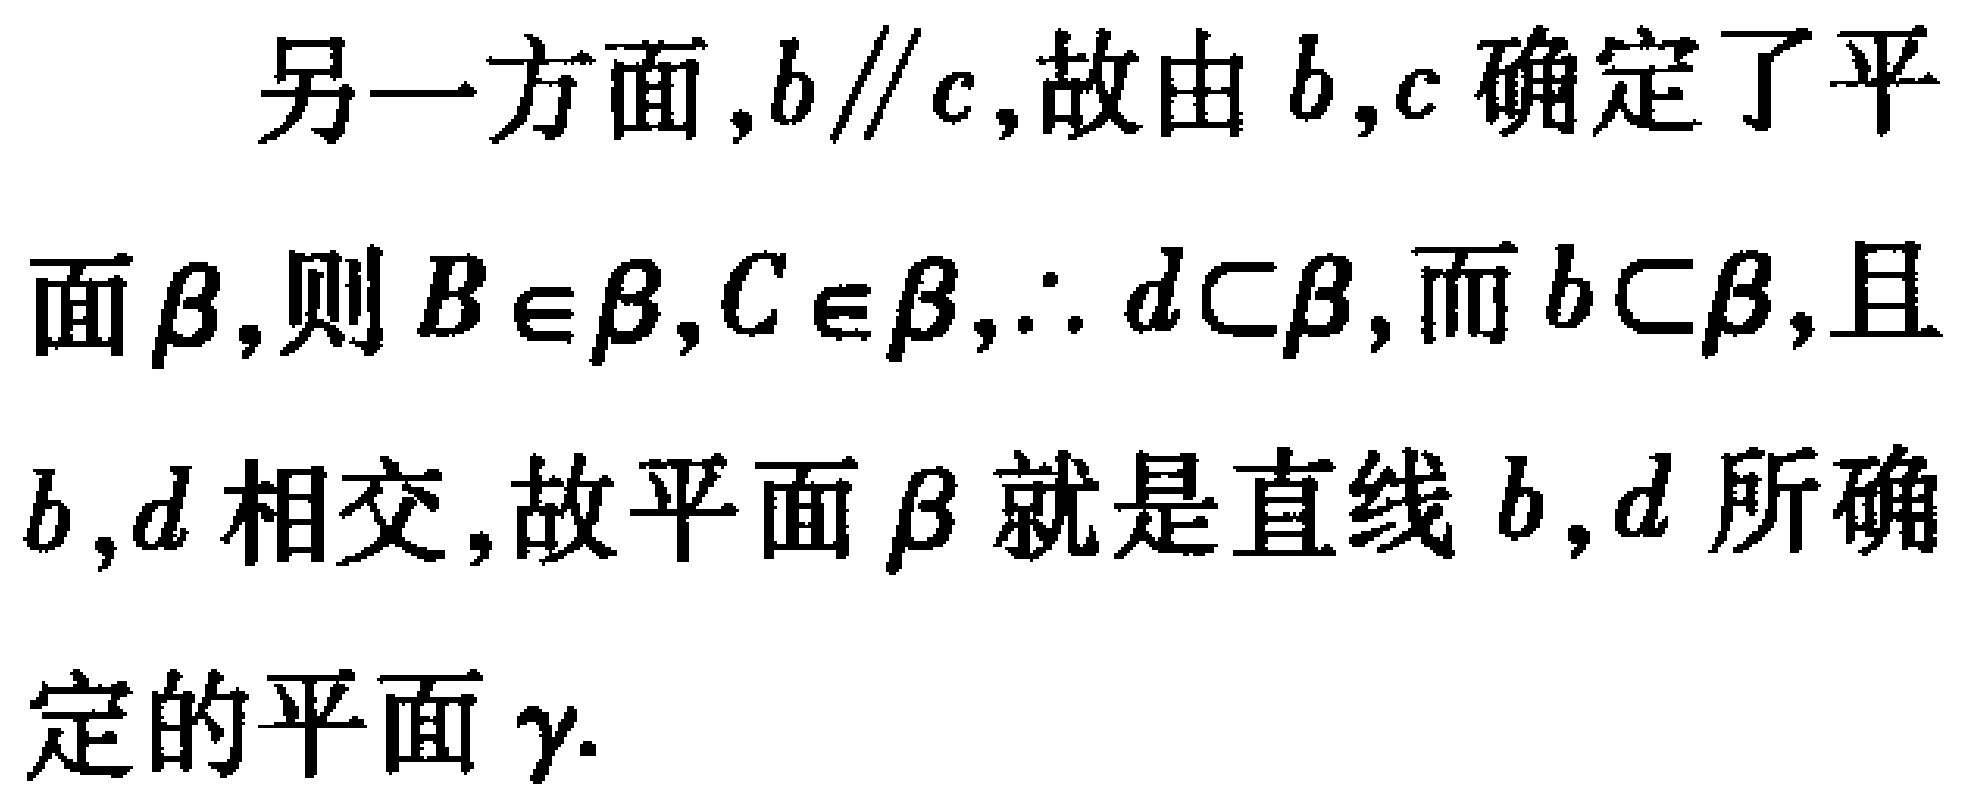
另一方面,$b\parallel c$,故由$b,c$确定了平面$\beta$,则$B\in\beta,C\in\beta,\therefore d\subset\beta$,而$b\subset\beta$,且$b,d$相交,故平面$\beta$就是直线$b,d$所确定的平面$\gamma$.